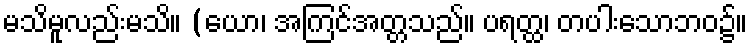
မသိမူလည်းမသိ။ (ယော၊ အကြင်အတ္တသည်။ ပရတ္ထ၊ တပါးသောဘဝ၌။